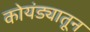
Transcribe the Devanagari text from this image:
कोयंड्यातून